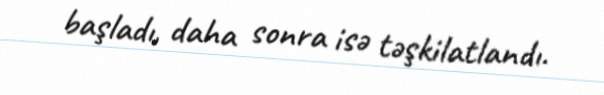
başladı, daha sonra isə təşkilatlandı.